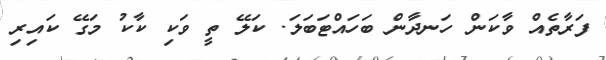
ފަރާތެއް ވާކަން ހަނދާން ބަހައްޓަބަލަ. ކަލޭ ތީ ވަކި ކާކު މަގޭ ކައިރި